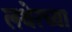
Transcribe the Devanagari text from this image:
लथेरच्या